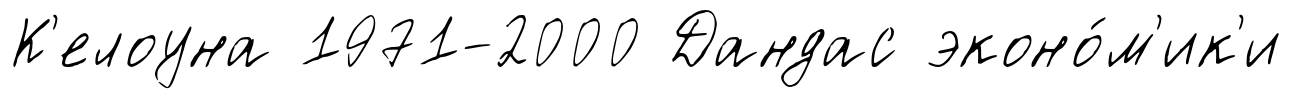
К'елоуна 1971-2000 Дандас эконо́м'ик'и